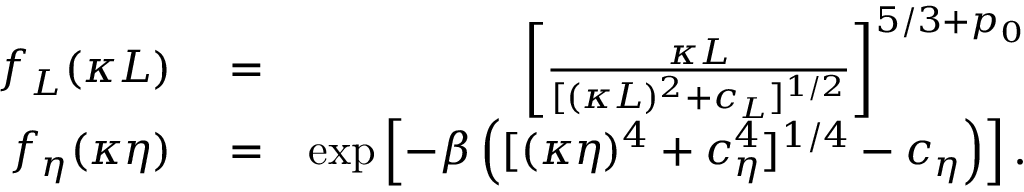
\begin{array} { r l r } { f _ { L } ( \kappa L ) } & { { } = } & { \left[ \frac { \kappa L } { [ ( \kappa L ) ^ { 2 } + c _ { L } ] ^ { 1 / 2 } } \right] ^ { 5 / 3 + p _ { 0 } } } \\ { f _ { \eta } ( \kappa \eta ) } & { { } = } & { \mathrm { e x p } \left[ - \beta \left( [ ( \kappa \eta ) ^ { 4 } + c _ { \eta } ^ { 4 } ] ^ { 1 / 4 } - c _ { \eta } \right) \right] . } \end{array}